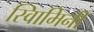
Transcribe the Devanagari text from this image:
स्वािमिनी